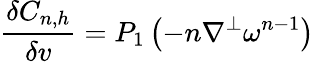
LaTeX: \frac{\delta C_{n,h}}{\delta v}=P_{1}\left(-n\nabla^{\perp}\omega^{n-1}\right)